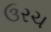
ઉરચ